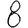
Digit: 8